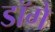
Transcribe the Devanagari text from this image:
डॉगे